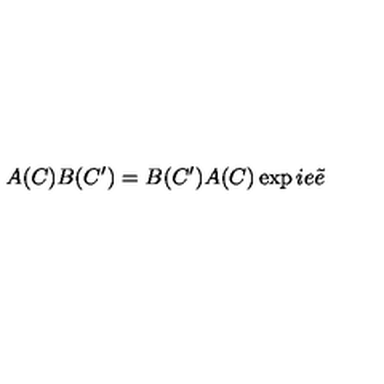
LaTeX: A ( C ) B ( C ^ { \prime } ) = B ( C ^ { \prime } ) A ( C ) \exp i e \tilde { e }